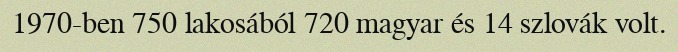
1970-ben 750 lakosából 720 magyar és 14 szlovák volt.